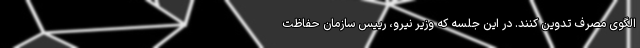
الگوی مصرف تدوین کنند. در این جلسه که وزیر نیرو، رییس سازمان حفاظت